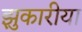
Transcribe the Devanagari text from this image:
झुकारीया